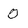
Character: 0